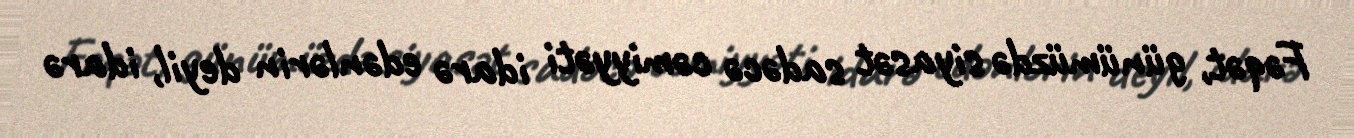
Fəqət, günümüzdə siyasət sadəcə cəmiyyəti idarə edənlərin deyil, idarə